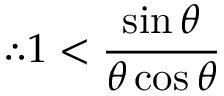
\therefore 1 < { \frac { \sin \theta } { \theta \cos \theta } }